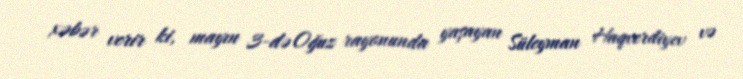
xəbər verir ki, mayın 3-də Oğuz rayonunda yaşayan Süleyman Haqverdiyev və